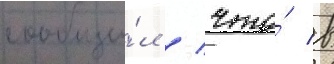
сообщи́л / что́ в